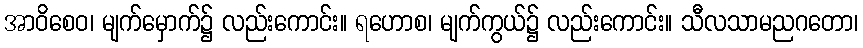
အာဝိစေဝ၊ မျက်မှောက်၌ လည်းကောင်း။ ရဟောစ၊ မျက်ကွယ်၌ လည်းကောင်း။ သီလသာမညဂတော၊